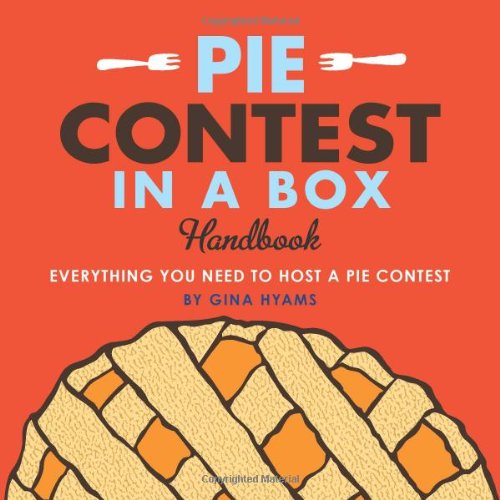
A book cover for Pie Contest in a Box: Everything You Need to Host a Pie Contest; Gina Hyams; Cookbooks, Food & Wine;